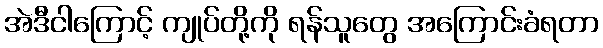
အဲဒီငါကြောင့် ကျုပ်တို့ကို ရန်သူတွေ အကြောင်းခံရတာ